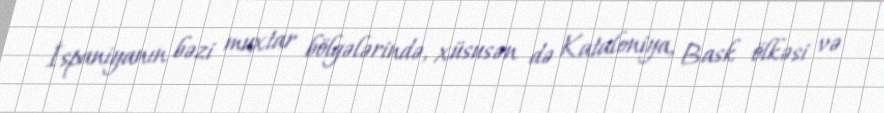
İspaniyanın bəzi muxtar bölgələrində, xüsusən də Kataloniya, Bask ölkəsi və